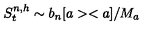
S _ { t } ^ { n , h } \sim b _ { n } [ a > < a ] / M _ { a }